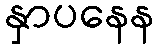
နှာပနေန